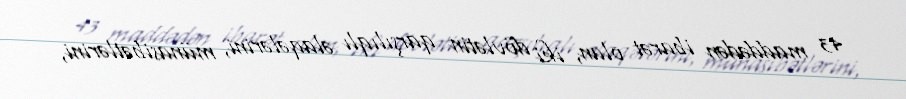
43 maddədən ibarət olan, iki dövlətin qarşılıqlı əlaqələrini, münasibətlərini,